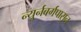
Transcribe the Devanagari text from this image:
न्युर्नबर्गपासून